Medical and sanitary report of the native army of Bengal for the year
Year: 1878
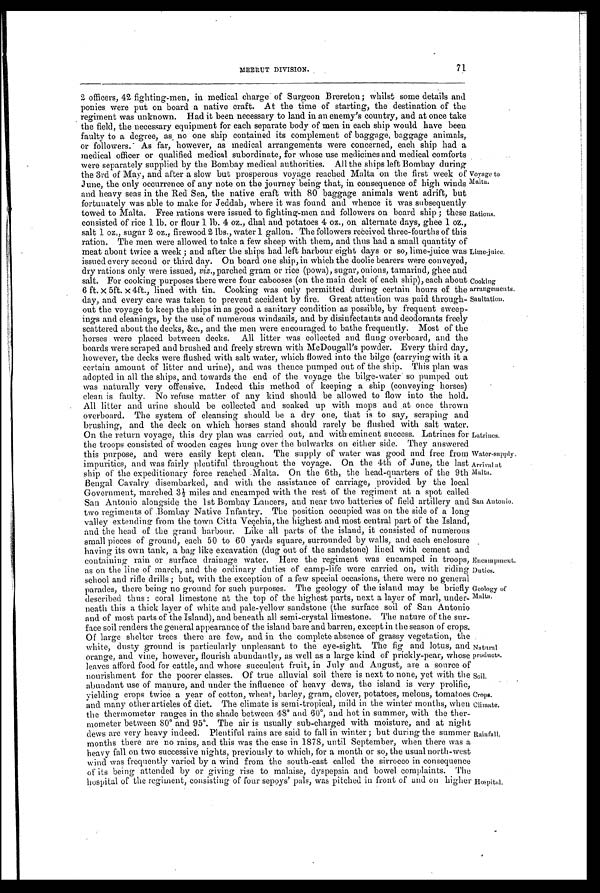
Water-supply.
Arrival at
Malta.
Encampment.
Duties.
Natural
products.
Soil.
Crops.
Climate.
71
MEERUT DIVISION.
2 officers, 42 fighting-men, in medical charge of Surgeon Brereton; whilst some details and
ponies were put on board a native craft. At the time of starting, the destination of the
regiment was unknown. Had it been necessary to land in an enemy's country, and at once take
the field, the necessary equipment for each separate body of men in each ship would have been
faulty to a degree, as no one ship contained its complement of baggage, baggage animals,
or followers. As far, however, as medical arrangements were concerned, each ship had a
me d i c a l o f f i c e r o r q u a l i f i e d me d i c a l s u b o r d i n a t e , f o r wh o s e u s e me d i c i n e s a n d me d i c a l c o mf o r t s
were separately supplied by the Bombay medical authorities. All the ships left Bombay during
the 3rd of May, and after a slow but prosperous voyage reached Malta on the first week of
June, the only occurrence of any note on the journey being that, in consequence of high winds
and heavy seas in the Red Sea, the native craft with 80 baggage animals went adrift, but
fortunately was able to make for Jeddah, where it was found and whence it was subsequently
towed to Malta. Free rations were issued to fighting-men and followers on board ship; these
consisted of rice 1 lb. or flour 1 lb. 4 oz., dhal and potatoes 4 oz., on alternate days, ghee 1 oz.,
salt 1 oz., sugar 2 oz., firewood 2 lbs., water 1 gallon. The followers received three-fourths of this
ration. The men were allowed to take a few sheep with them, and thus had a small quantity of
meat about twice a week; and after the ships had lett harbour eight days or so, lime-juice was
issued every second or third day. On board one ship, in which the doolie bearers were conveyed,
dry rations only were issued. viz., parched gram or rice (powa), sugar, onions, tamarind. ghee and
Voyage to
Malta.
Rations.
Lime-juice.
salt. For cooking purposes there were four cabooses (on the main deck of each ship), each about
6 ft. X 5ft. x 4ft., lined with tin. Cooking was only permitted during certain hours of the
day, and every care was taken to prevent accident by fire. Great attention was paid through
-out the voyage to keep the ships in as good a sanitary condition as possible, by frequent sweep
-ings and cleanings, by the use of numerous windsails, and by disinfectants and deodorants freely
scattered about the decks, &c., and the men were encouraged to bathe frequently. Most of the
horses were placed between decks. All litter was collected and flung overboard, and the
boards were scraped and brushed and freely strewn with McDougall's powder. Every third day,
however, the decks were flushed with salt water, which flowed into the bilge (carrying with it a
certain amount of litter and urine), and was thence pumped out of the ship. This plan was
adopted in all the ships, and towards the end of the voyage the bilge-water so pumped out
was naturally very offensive. Indeed this method of keeping a ship (conveying horses)
clean is faulty. No refuse matter of any kind should be allowed to flow into the hold.
All litter and urine should be collected and soaked up with mops and at once thrown
overboard. The system of cleansing should be a dry one, that is to say, scraping and
brushing, and the deck on which horses stand should rarely be flushed with salt water.
On the return voyage, this dry plan was carried out, and with eminent success. Latrines for
the troops consisted of wooden cages hung over the bulwarks on either side. They answered
Cooking
arrangements.
Sanitation.
Latrines.
this purpose, and were easily kept clean. The supply of water was good and free from
impurities, and was fairly plentiful throughout the voyage. On the 4th of June, the last
ship of the expeditionary force reached Malta. On the 6th, the head-quarters of the 9th
Bengal Cavalry disembarked, and with the assistance of carriage, provided by the local
Government, marched 3½ miles and encamped with the rest of the regiment at a spot called
San Antonio alongside the 1st Bombay Lancers, and near two batteries of field artillery and
two regiments of Bombay Native Infantry. The position occupied was on the side of a long
valley extending from the town Citta Vecchia, the highest and most central part of the Island,
and the head of the grand harbour. Like all parts of the island, it consisted of numerous
small pieces of ground, each 50 to 60 yards square, surrounded by walls, and each enclosure
having its own tank, a bag like excavation (dug out of the sandstone) lined with cement and
containing rain or surface drainage water. Here the regiment was encamped in troops,
as on the line of march, and the ordinary duties of camp-life were carried on, with riding
school and rifle drills; but, with the exception of a few special occasions, there were no general
San Antonio.
parades, there being no ground for such purposes. The geology of the island may be briefly
described thus: coral limestone at the top of the highest parts, next a layer of marl, under
-neath this a thick layer of white and pale-yellow sandstone (the surface soil of San Antonia
and of most parts of the Island), and beneath all semi-crystal limestone. The nature of the sur
-face soil renders the general appearance of the island bare and barren, except in the season of crops.
Of large shelter trees there are few, and in the complete absence of grassy vegetation, the
white, dusty ground is particularly unpleasant to the eye-sight. The fig and lotus, and
orange, and vine, however, flourish abundantly, as well as a large kind of prickly-pear, whose
leaves afford food for cattle, and whose succulent fruit, in July and August, are a source of
nourishment for the poorer classes. Of true alluvial soil there is next to none, yet with the
abundant use of manure, and under the influence of heavy dews, the island is very prolific,
yielding crops twice a year of cotton, wheat, barley, gram, clover, potatoes, melons, tomatoes
and many other articles of diet. The climate is semi-tropical, mild in the winter months, when
the thermometer ranges in the shade between 48° and 60°, and hot in summer, with the ther
-mometer between 80° and 95°. The air is usually sub-charged with moisture, and at night
dews are very heavy indeed. Plentiful rains are said to fall in winter; but during the summer
months there are no rains, and this was the case in 1878, until September, when there was a
heavy fall on two successive nights, previously to which, for a month or so, the usual north-west
wind was frequently varied by a wind from the south-east called the sirrocco in consequence
being attended by or giving rise to malaise, dyspepsia and bowel complaints. The
Geology of
Malta.
hospital of-the regiment; consisting of four sepoys' pals, was pitched in front of and on higher Hospital.